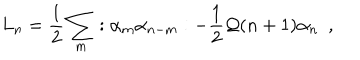
L _ { n } = \frac { 1 } { 2 } \sum _ { m } : \alpha _ { m } \alpha _ { n - m } : - \frac { 1 } { 2 } { \cal Q } ( n + 1 ) \alpha _ { n } ~ ~ ,